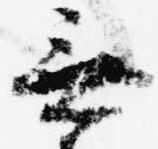
無